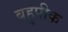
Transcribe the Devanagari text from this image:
बहुपीक